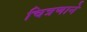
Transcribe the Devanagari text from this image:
चित्रणाने